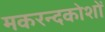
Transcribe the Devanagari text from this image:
मकरन्दकोशों